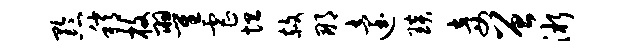
黔稍枚翟虐坦赦那迨琰妾曾淅